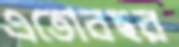
এতোবছর